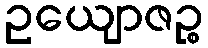
ဥယျောဇဉ္စ